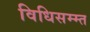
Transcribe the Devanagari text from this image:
विधिसम्म्त